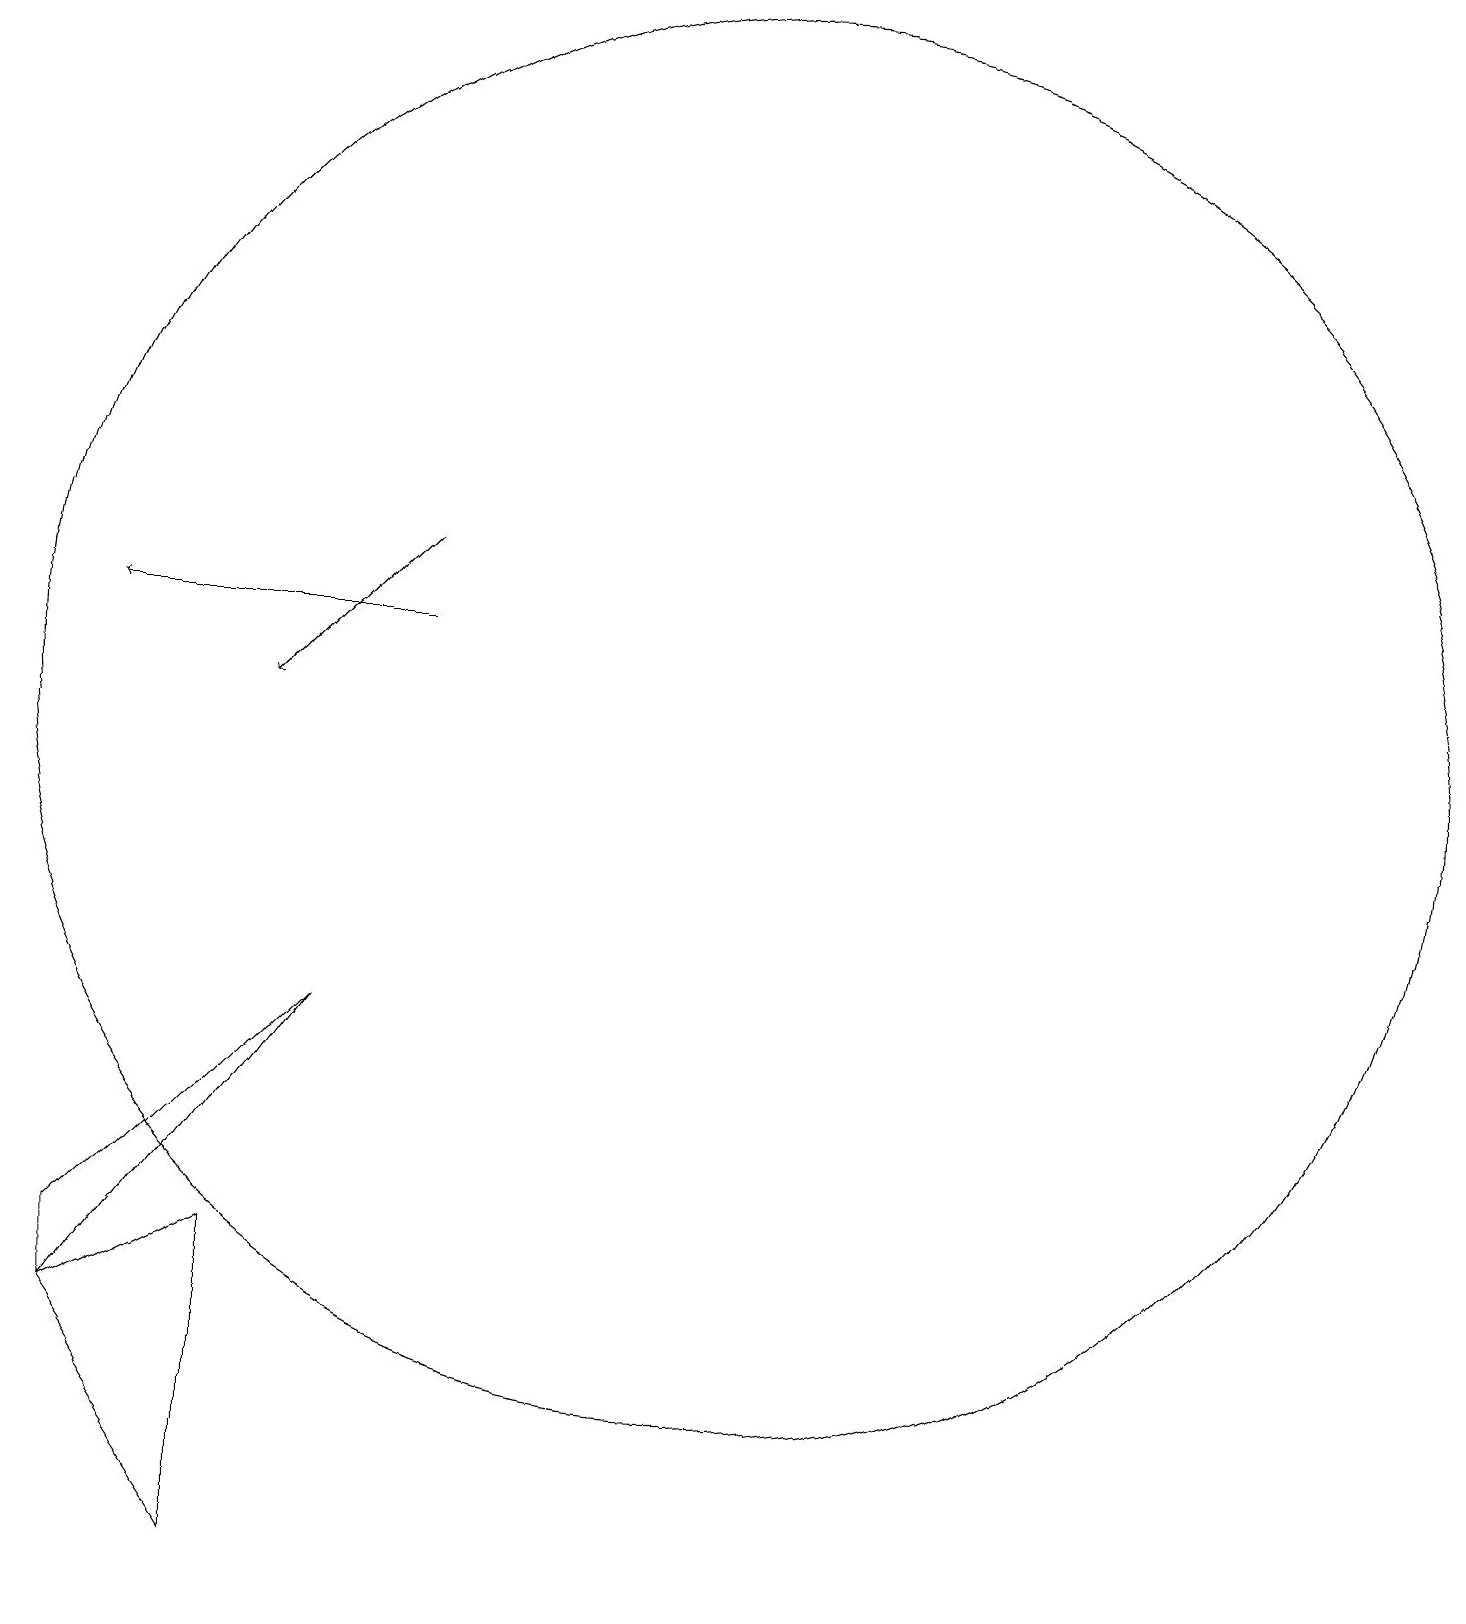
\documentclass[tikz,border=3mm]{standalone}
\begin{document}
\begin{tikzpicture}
\draw (10,11) circle (0);
\draw (2,4) -- (2,5) -- (5,8) -- cycle;
\draw[->] (6,13) -- (2,13);
\draw (10,12) circle (9);
\draw[->] (6,14) -- (4,12);
\draw (2,4) -- (4,1) -- (4,5) -- cycle;
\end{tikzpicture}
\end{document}